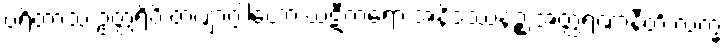
ပရိတာသံ ဥတ္တရိပိ တဏှာဂ္ဂါဟော ဃဋီကရော အနိဒဿနဉ္စ အတ္ထရဏာနီတိ လက္ခံ